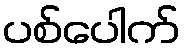
ပစ်ပေါက်